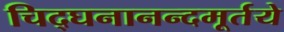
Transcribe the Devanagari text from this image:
चिद्घनानन्दमूर्तये